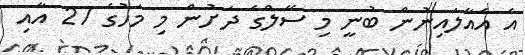
އެ އެއާލައިނުން ބުނީ މި ސޭލްގެ ދަށުން މި މަހުގެ 27 އާއި